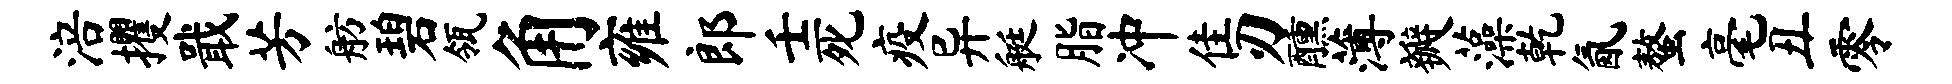
涪攫戢芳舫碧瓴角雍郎壬死疫异艇脂冲隹刃醺薄瓣藻乾氤螯毫丑零